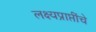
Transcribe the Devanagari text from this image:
लक्ष्यप्राप्तींचे